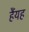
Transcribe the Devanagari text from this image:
हैंयह